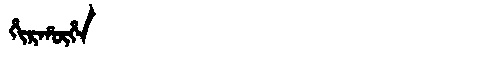
Manchu: ᡥᡳᡵᡥᡡᡥᠠ
Romanization: HIRHŪHA